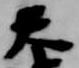
天